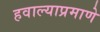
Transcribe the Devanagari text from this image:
हवाल्याप्रमाणे